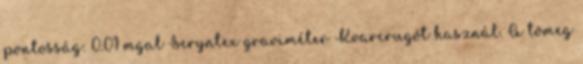
pontosság: 0.01 mgal Scryntex graviméter Kvarcrugót használ. A tömeg